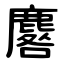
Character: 麔